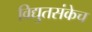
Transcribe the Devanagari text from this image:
विद्युतसंकेच